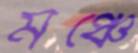
মঞ্চে